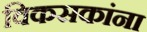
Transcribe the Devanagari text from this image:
विकसकांना